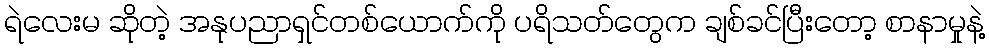
ရဲလေးမ ဆိုတဲ့ အနုပညာရှင်တစ်ယောက်ကို ပရိသတ်တွေက ချစ်ခင်ပြီးတော့ စာနာမှုနဲ့